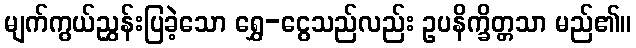
မျက်ကွယ်ညွှန်းပြခဲ့သော ရွှေ-ငွေသည်လည်း ဥပနိက္ခိတ္တသာ မည်၏။